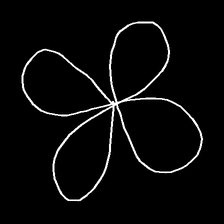
Glyph: billowing